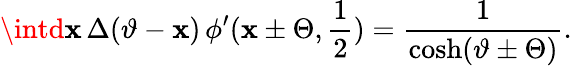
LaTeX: \displaystyle\intd\mathbf{x}\, \Delta(\vartheta-\mathbf{x})\, \phi^{\prime}(\mathbf{x}\pm\Theta,\displaystyle\frac{{1}}{{2}})=\displaystyle\frac{{1}}{{\cosh(\vartheta\pm\Theta)}}.